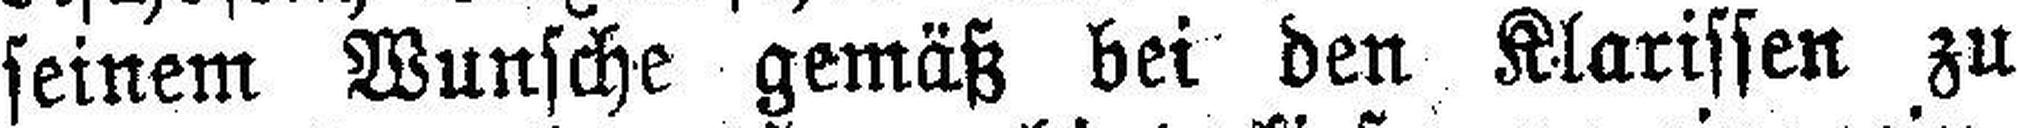
seinem Wunsche gemäß bei den Klarissen zu